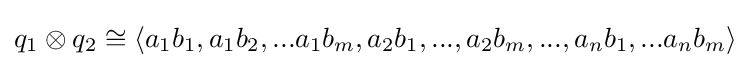
q_{1}\otimes q_{2}\cong \langle a_{1}b_{1},a_{1}b_{2},...a_{1}b_{m},a_{2}b_{1},...,a_{2}b_{m},...,a_{n}b_{1},...a_{n}b_{m}\rangle